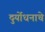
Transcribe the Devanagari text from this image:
दुर्योधनाचे